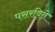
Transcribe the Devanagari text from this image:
पसरविते